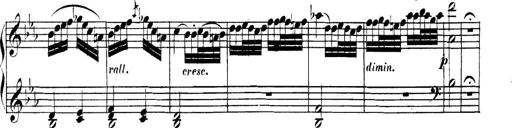
Title: Collected Piano Sonatas
Composer: Muzio Clementi